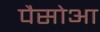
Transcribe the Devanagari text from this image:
पैसोआ